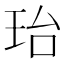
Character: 珆